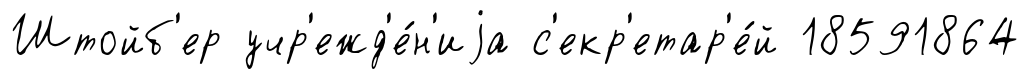
Штойб'ер учр'ежд'е́н'иjа с'екр'етар'е́й 18591864